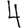
Digit: 4